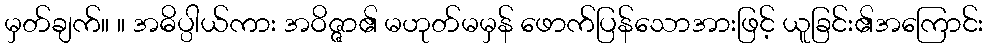
မှတ်ချက်။ ။ အဓိပ္ပါယ်ကား အဝိဇ္ဇာ၏ မဟုတ်မမှန် ဖောက်ပြန်သောအားဖြင့် ယူခြင်း၏အကြောင်း